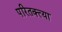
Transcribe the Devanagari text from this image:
परितक्त्या